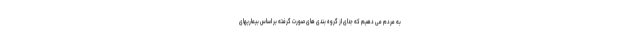
به مردم می دهیم که جدای از گروه بندی های صورت گرفته بر اساس بیماریهای